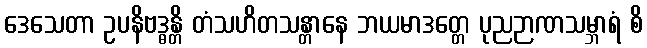
ဒေသေတာ ဥပနိဗဒ္ဓန္တိ တံသဟိတသန္တာနေ ဘယမာဒတ္တေ ပုညဉာဏသမ္ဘာရံ စိ